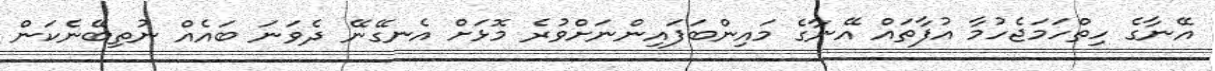
އޭނާގެ ހިތްހަމަޖެހުމާ އުފާތައް އޭނާގެ މައިންބަފައިންނަށްވުރެ މޮޅަށް އެނގޭނޭ ދެވަނަ ބައެއް ނުތިބޭނެކަން